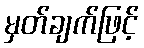
မှတ်ချက်ဖြင့်